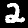
Label: 2